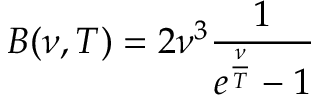
B ( \nu , T ) = 2 \nu ^ { 3 } { \frac { 1 } { e ^ { \frac { \nu } { T } } - 1 } }